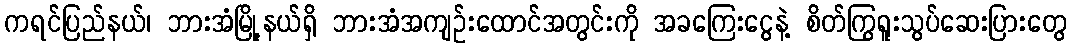
ကရင်ပြည်နယ်၊ ဘားအံမြို့နယ်ရှိ ဘားအံအကျဉ်းထောင်အတွင်းကို အခကြေးငွေနဲ့ စိတ်ကြွရူးသွပ်ဆေးပြားတွေ